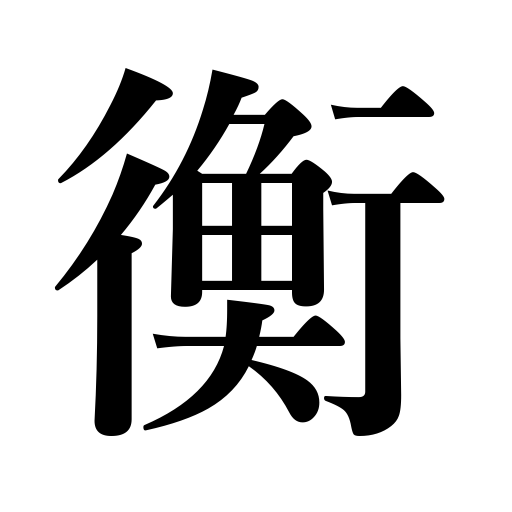
Meanings: scales,measuring rod